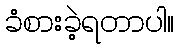
ခံစားခဲ့ရတာပါ။